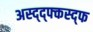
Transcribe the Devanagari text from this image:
अस्द्द्फ्कस्द्फ